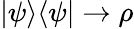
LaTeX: |\psi\rangle\langle\psi|\rightarrow\rho